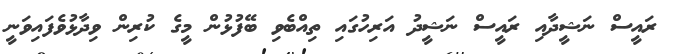
ރައީސް ނަޝީދާއި ރައީސް ނަޝީދު އަރިހުގައި ތިއްބެވި ބޭފުޅުން މީގެ ކުރިން ވިދާޅުވެފައިވަނީ